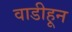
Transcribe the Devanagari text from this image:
वाडीहून